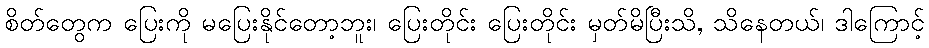
စိတ်တွေက ပြေးကို မပြေးနိုင်တော့ဘူး၊ ပြေးတိုင်း ပြေးတိုင်း မှတ်မိပြီးသိ, သိနေတယ်၊ ဒါကြောင့်